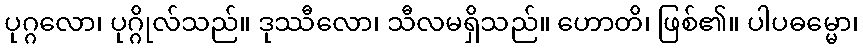
ပုဂ္ဂလော၊ ပုဂ္ဂိုလ်သည်။ ဒုဿီလော၊ သီလမရှိသည်။ ဟောတိ၊ ဖြစ်၏။ ပါပဓမ္မော၊